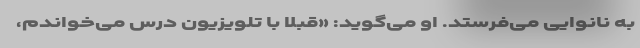
به نانوایی می‌فرستد. او می‌گوید: «قبلا با تلویزیون درس می‌خواندم،